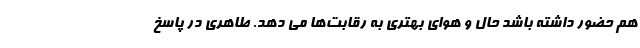
هم حضور داشته باشد حال و هوای بهتری به رقابت‌ها می دهد. طاهری در پاسخ